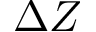
\Delta Z